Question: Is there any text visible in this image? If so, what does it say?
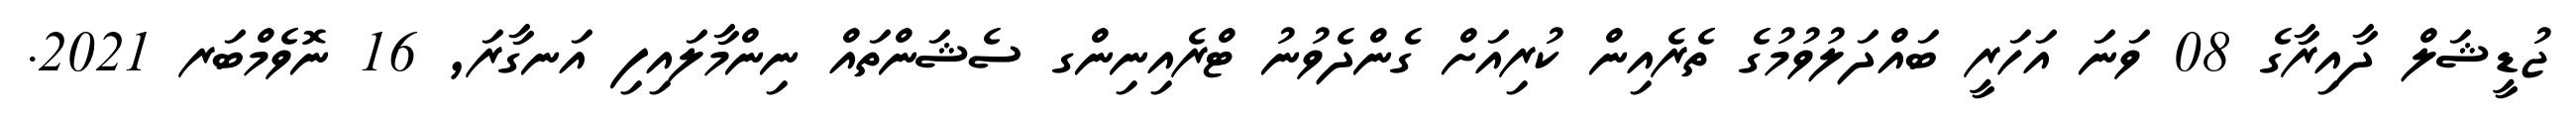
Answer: ޖުޑީޝަލް ދާއިރާގެ 08 ވަނަ އަހަރީ ބައްދަލުވުމުގެ ތެރެއިން ކުރިއަށް ގެންދެވުނު ޓްރެއިނިންގ ސެޝަންތައް ނިންމާލައިފި އަނގާރަ, 16 ނޮވެމްބަރ 2021.